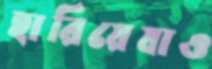
হারিয়েযাও